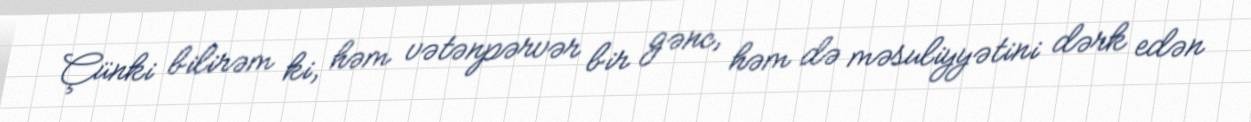
Çünki bilirəm ki, həm vətənpərvər bir gənc, həm də məsuliyyətini dərk edən